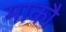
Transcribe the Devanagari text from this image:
माकौ